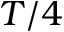
T / 4